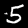
Digit: 5